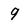
Character: 9